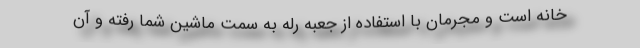
خانه است و مجرمان با استفاده از جعبه رله به سمت ماشین شما رفته و آن